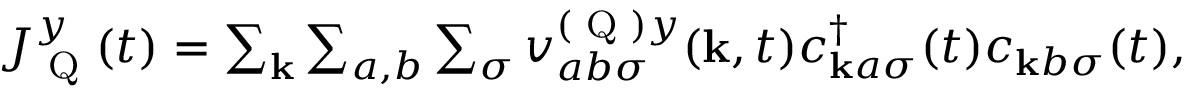
\begin{array} { r } { J _ { \textrm { Q } } ^ { y } ( t ) = \sum _ { \mathbf { k } } \sum _ { a , b } \sum _ { \sigma } v _ { a b \sigma } ^ { ( \textrm { Q } ) y } ( \mathbf { k } , t ) c _ { \mathbf { k } a \sigma } ^ { \dagger } ( t ) c _ { \mathbf { k } b \sigma } ( t ) , } \end{array}